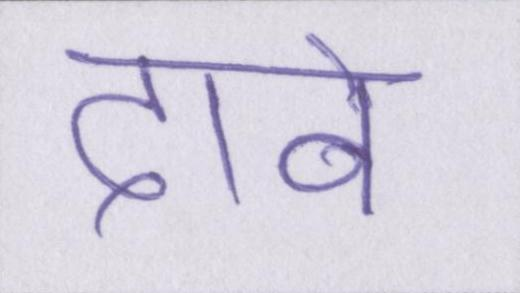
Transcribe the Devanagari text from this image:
दावे